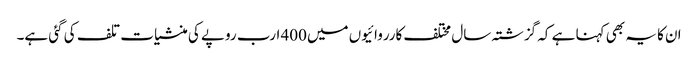
ان کا یہ بھی کہنا ہے کہ گزشتہ سال مختلف کارروائیوں میں400 ارب روپے کی منشیات تلف کی گئی ہے۔